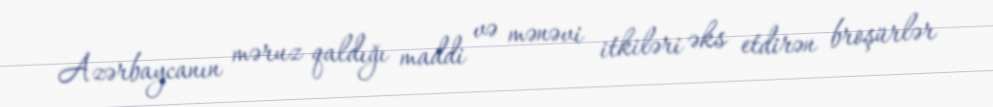
Azərbaycanın məruz qaldığı maddi və mənəvi itkiləri əks etdirən broşürlər